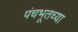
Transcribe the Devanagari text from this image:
पंचभूतच्या